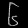
Digit: ၆